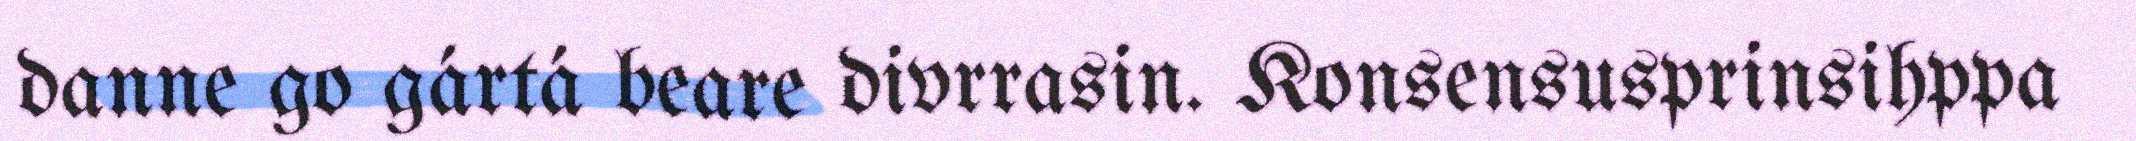
danne go gártá beare divrrasin. Konsensusprinsihppa